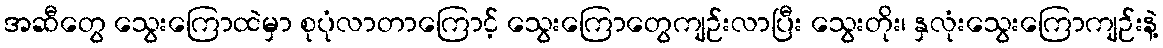
အဆီတွေ သွေးကြောထဲမှာ စုပုံလာတာကြောင့် သွေးကြောတွေကျဉ်းလာပြီး သွေးတိုး၊ နှလုံးသွေးကြောကျဉ်းနဲ့